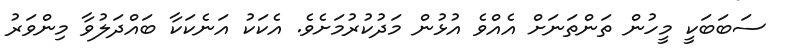
ސަބަބަކީ މީހުން ތަންތަނަށް އެއްވެ އުޅުން މަދުކުރުމަށެވެ. އެކަކު އަނެކަކާ ބައްދަލުވާ މިންވަރު